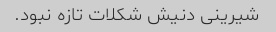
شیرینی دنیش شکلات تازه نبود.